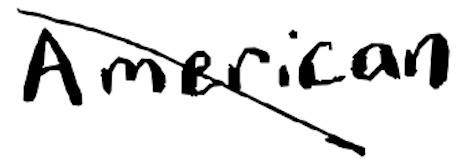
Text: American
Cross-out: diagonal
Writing tool: digital_black